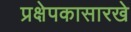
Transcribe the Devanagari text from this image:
प्रक्षेपकासारखे